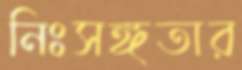
নিঃসঙ্গতার